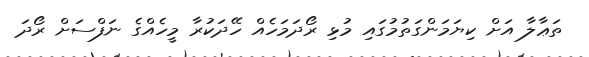
ތަޢާލާ އަށް ކިޔަމަންގަތުމުގައި މުޅި ރޯދަމަހެއް ހޭދަކުރާ މީހެއްގެ ނަފްސަށް ރޯދަ